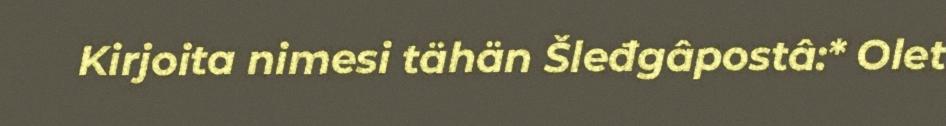
Kirjoita nimesi tähän Šleđgâpostâ:* Olet